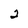
Character: 2